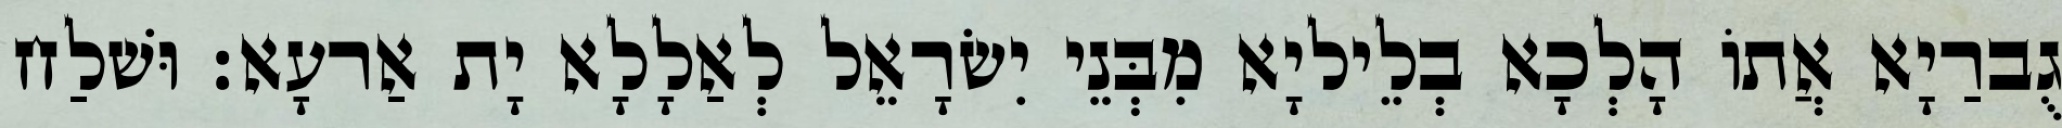
גֻברַיָא אֲתוֹ הָלְכָא בְלֵיליָא מִבְּנֵי יִשׂרָאֵל לְאַלָלָא יָת אַרעָא׃ וּשׁלַח